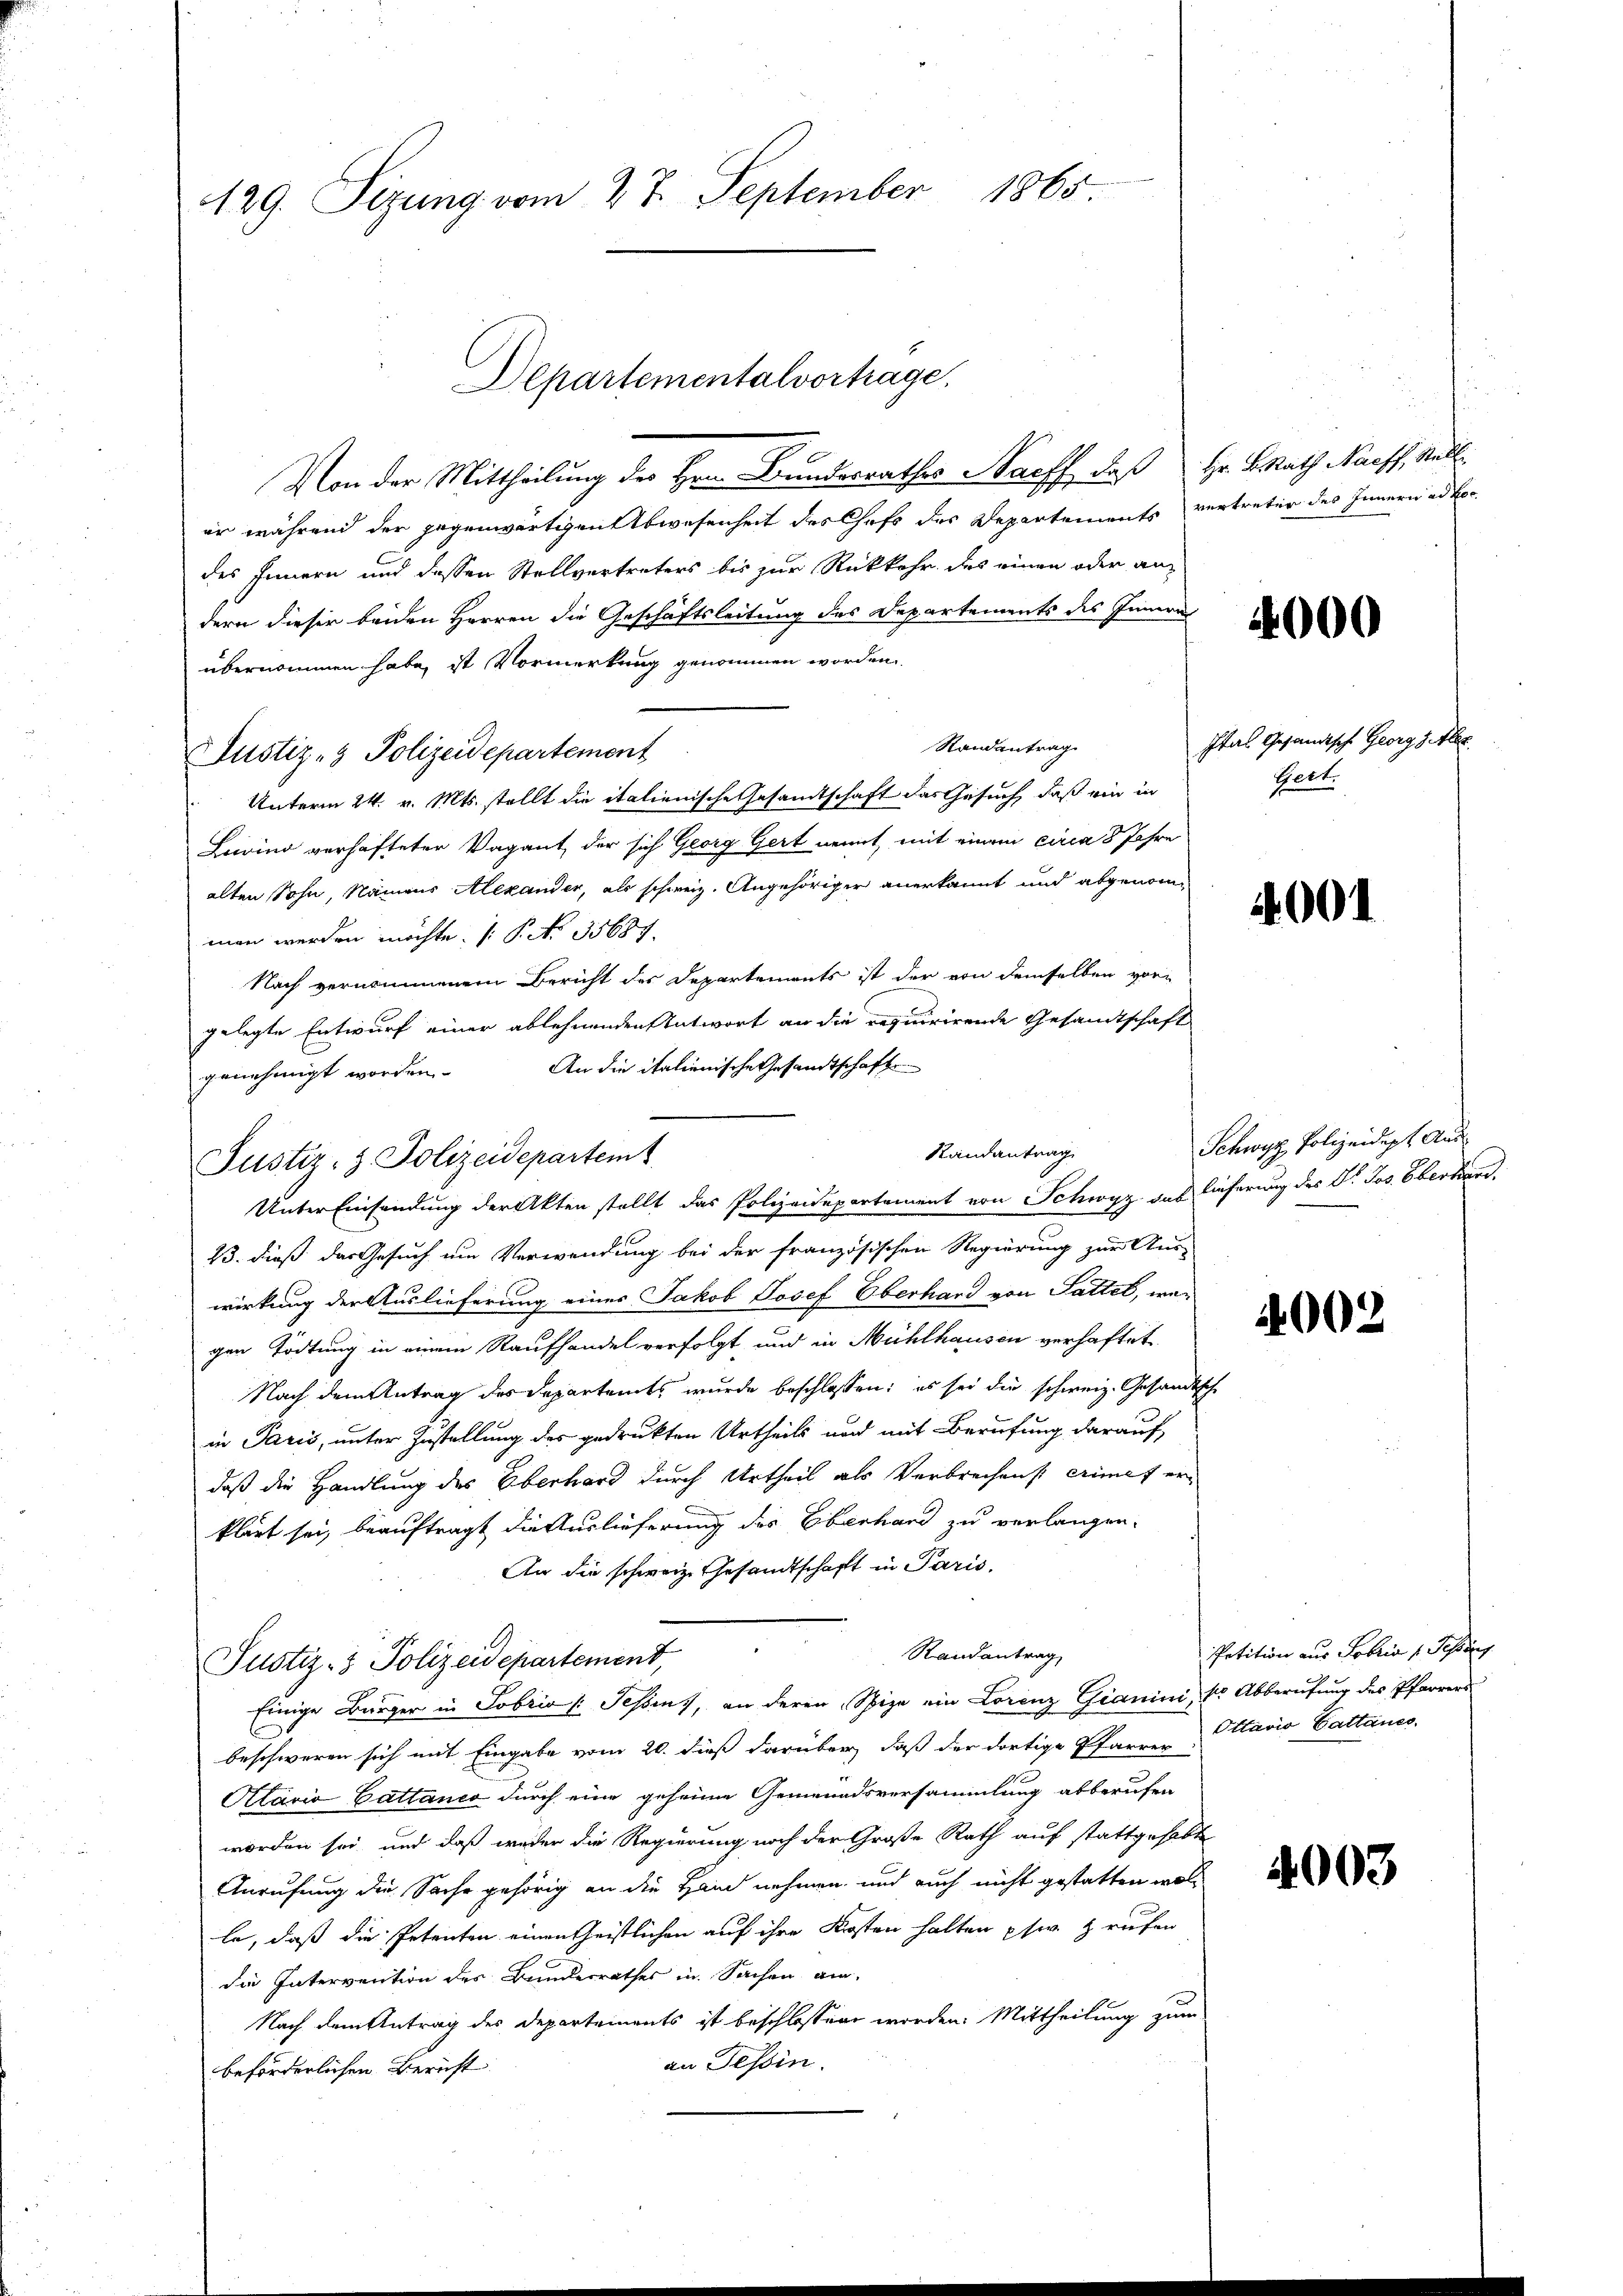
129. Sizung vom 27. September 1865

Von der Mittheilung des Herrn Bundesrathes Nacff, daß Hr. Brath Naoff, Stell
er während der gegenwärtigen Abwesenheit des Chefs des Departements vertreter des Innern ad ber
des Innern und dessen Stellvertreters bis zur Rückkehr des einen oder andern dieser beiden Herren die Geschäftsleitung des Departements des Innern
übernommen habe, ist Vormerkung genommen worden.
Randantrag.
Justiz- & Polizeidepartement
Unterm 24. v. Mts. stellt die italienische Gesandtschaft das Gesuch, daß ein in
Livino verhafteter Vagant, der sich Georg Gert nennt, mit einem circa 8 Jahre
alten Sohn, Namens Alexander, als schweiz. Angehöriger anerkannt und abgenomman werden möchte. (§. No 35687.
Nach vernommenem Bericht des Departements ist der von demselben vor-
gelegte Entwurf einer ablehnenden Antwort an die requirirende Gesandtschaft
An die italienische Gesandtschaft
genehmigt worden.
Unter Einsendung der Akten stellt das Polizeidepartement von Schwyz das lieferung des Dr. Jos. Oberhand¬
13. dieß das Gesuch um Verwendung bei der französischen Regierung zur Aus-
wirkung der Auslieferung eines Jakob Josef Oberhand von Sattet, wegen Tödtung in einem Raufhandel verfolgt und in Mühlhausen verhaftet.
Nach dem Antrag des Departamts wurde beschlossen: es sei die schweiz. Gesandtsche
in Paris, unter Zustellung des gedrukten Urtheils und mit Berufung darauf,
daß die Handlung des Oberhard durch Urtheil als Verbrechens crimet erklärt sei, beauftragt die Auslieferung des Eberhand zu verlangen.
An die schweiz. Gesandtschaft in Paris,
Randantrag
Justiz- & Polizeidepartement,
Einige Bürger in Tobris /: Schens, an deren Spize ein Lorenz Gianini, tr. Abberufung des Pfarrers
beschweren sich mit Eingabe vom 20. dieß darüber, daß der dortige Pfarrer
Alaria Cattance durch eine geheime Gemeindsversammlung abberufen
worden sei, und daß weder die Regierung noch der Große Rath auf stattgehabte
Anrufung die Sache gehörig an die Hand nehmen, und auch nicht gestatten woll
le, daß die Petenten einen Geistlichen auf ihre Kosten halten phw. rufen
die Intervention des Bundesrathes in Sachen am
Nach dem Antrag des Departements ist beschlossen worden. Mittheilung zum
an Tessin.
beförderlichen Bericht.

Justiz- & Polizeidepartemt

Departementalvortrage.

Randantrag

4000

Itas Gesandtsch Georg s. Aber
Gert.

4001

Schwyz, Polizeidigt. And

4002

Petition aus Fabria 1. Sessens
Ottario Sattanes.

4003